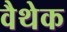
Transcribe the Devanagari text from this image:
वैथेक